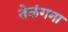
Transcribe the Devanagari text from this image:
तेलंगना